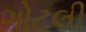
ગોટલી